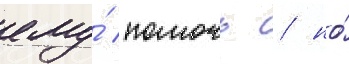
ему́ помочь / но́